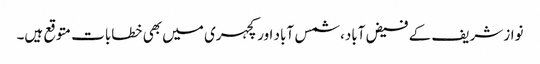
نواز شریف کے فیض آباد، شمس آباد اور کچہری میں بھی خطابات متوقع ہیں۔